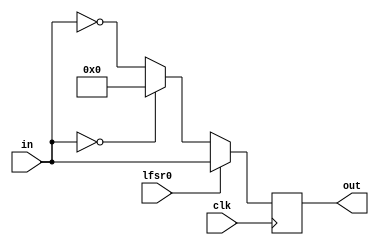
module bpsk(clk, lfsr0, in, out);
input clk;
input lfsr0;
input [11:0] in;
output reg [11:0] out;

// binary phase shift keying
always@(posedge clk)begin
    if(lfsr0)
        out <= in;// if lsr0 then keep out as in
    else begin // if lsr0 is 0
        if(in==12'b0)// check if in is 0
            out <= 12'b0;// then out is 0 as well
        else 
            // same as amplitude shifting 
            // refernce to the lecture slides amplitude shifting
            out <= (~in /*+ 1'b1*/);// otherwise phase shift 2's complement
    end

end

endmodule